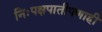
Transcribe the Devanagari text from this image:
निःपक्षपातीपणाही